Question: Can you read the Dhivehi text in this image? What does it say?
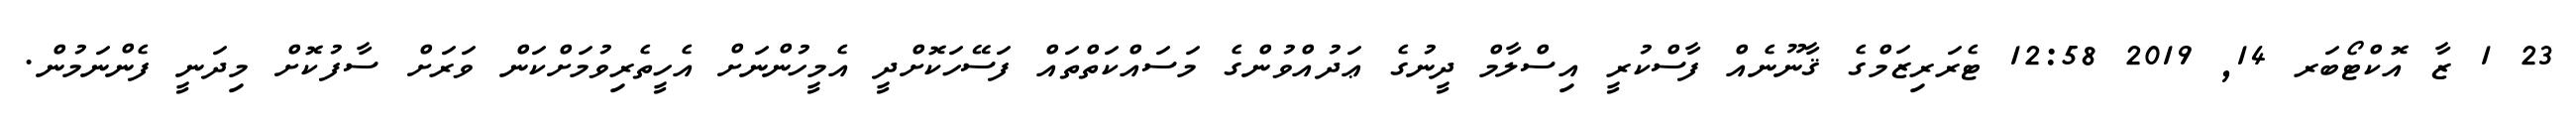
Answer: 23 1 ޒާ އޮކްޓޯބަރ 14, 2019 12:58 ޓެރަރިޒަމްގެ ޤާނޫނެއް ފާސްކުރީ އިސްލާމް ދީނުގެ ޢަދުއްވުންގެ މަސައްކަތްތައް ފަސޭހަކޮށްދީ އެމީހުންނަށް އެހީތެރިވުމަށްކަން ވަރަށް ސާފުކޮށް މިދަނީ ފެންނަމުން.